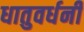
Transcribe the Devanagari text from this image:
धातुवर्धनी